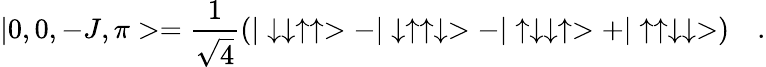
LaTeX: |0,0,-J,\pi>=\frac{1}{\sqrt{4}}(|\downarrow\downarrow\uparrow\uparrow>-|\downarrow\uparrow\uparrow\downarrow>-|\uparrow\downarrow\downarrow\uparrow>+|\uparrow\uparrow\downarrow\downarrow>)\quad.